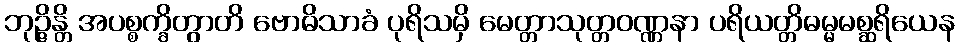
ဘုဉ္ဇိန္တိ အပစ္စက္ခိတွာတိ ဗောဓိသာခံ ပုရိသမှိ မေတ္တာသုတ္တဝဏ္ဏနာ ပရိယတ္တိဓမ္မမစ္ဆရိယေန